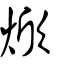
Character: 焮